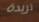
تريدة